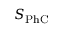
S _ { \mathrm { P h C } }